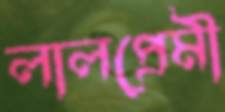
লালপ্রেমী